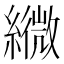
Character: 𦆓